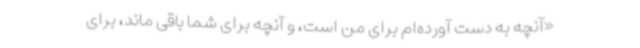
«آنچه به دست آورده‌ام برای من است، و آنچه برای شما باقی ماند، برای